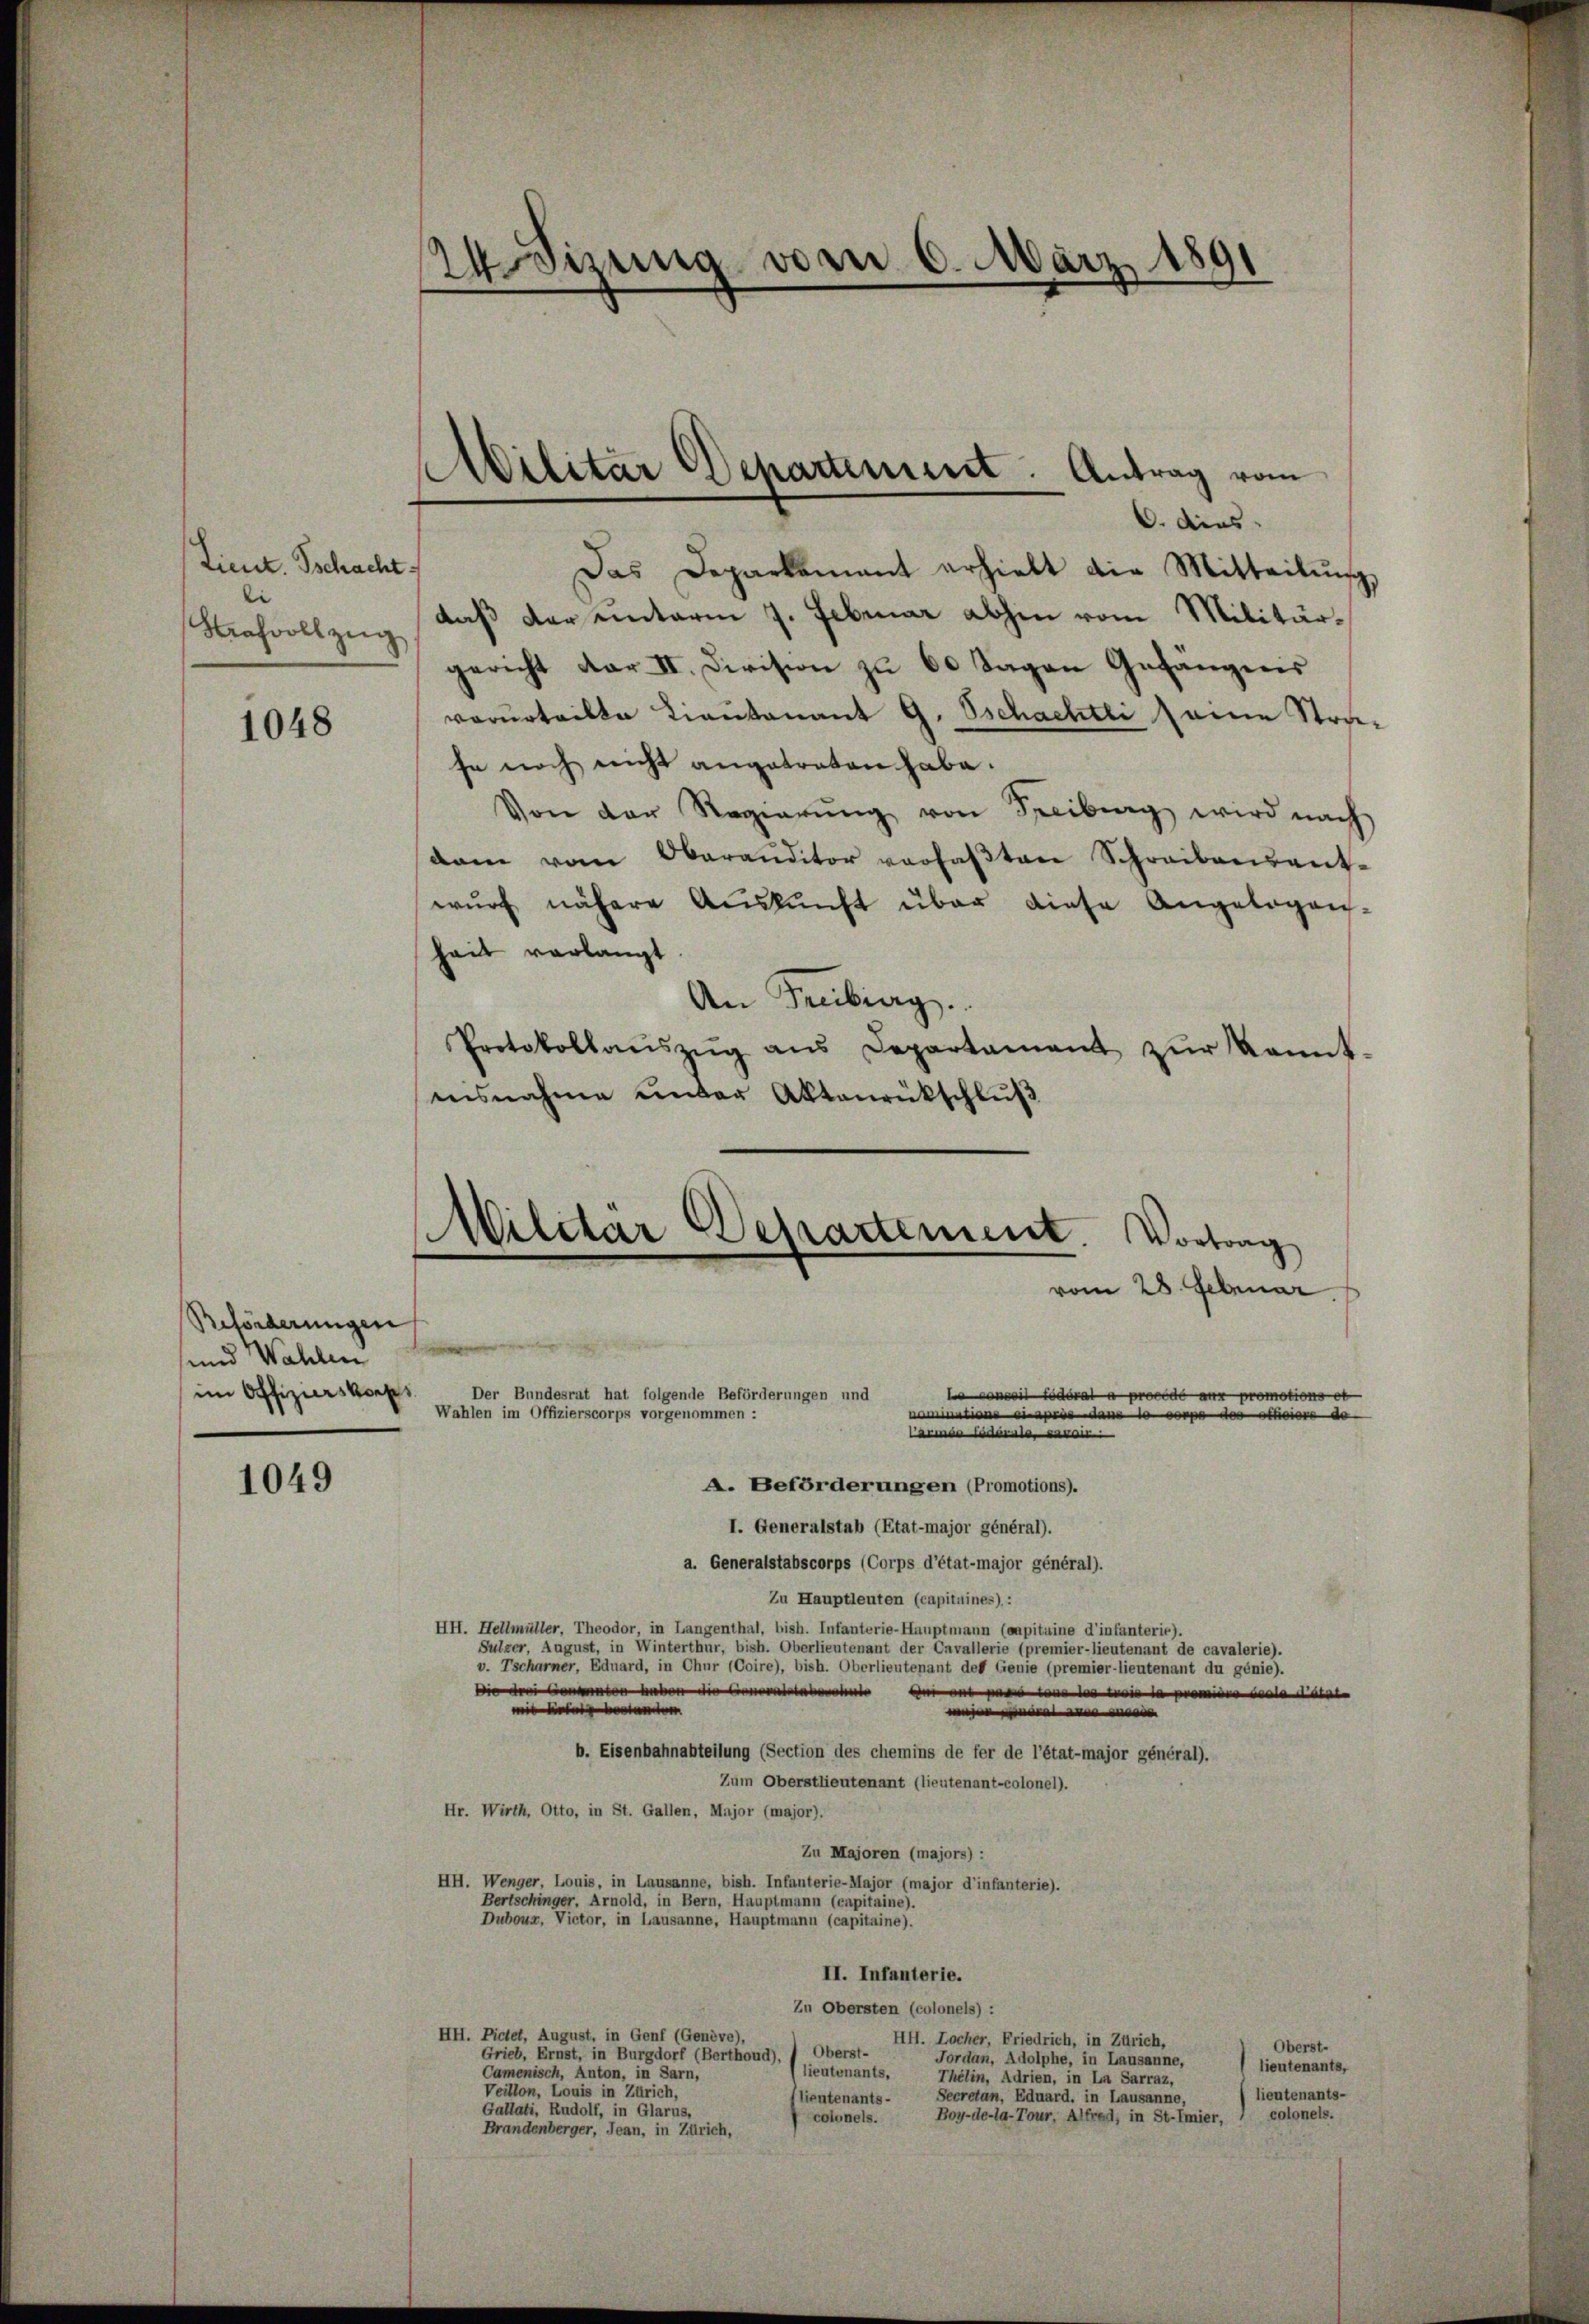
Lieut. Tschacht:
i
Strafvoll zeig

1048

Beförderungen
und Wahlen
im Offizierskorps

1049

Wonung vom 6. März 1891
e

Militär Departement: Antrag vom

C. dies
Das Deparkament erhielt die Mitteilŭng
daß der unterm 7. Februar abhin vom Militär-
gericht dar II. Division zu 60 Tagen Gefängnis
verurteilte Lieutenant G. Tschachtli seine Strafe noch nicht angetreten habe.
Von der Regierŭng von Freiburg wird nach
dam vom Oberanditor vorfaβten Schreibensant-
wŭrf nähere Aŭskŭnft über diese Angelegen-
heit verlangt
An Freiberg.
Protokollaŭszŭg ans Departament zŭr kannt-
nisnahme unter Aktenrückschluß
Militar Departement Vortrag
vom 28. Februar
Der Bundesrat hat folgende Beförderungen und
ni oder proc
otions et
Wahlen im Offizierscorps vorgenommen :

ottoire de

A. Beförderungen (Promotions).
I. Generalstab (Etat-major général).
a. Generalstabscorps (Corps d’état-major général).
Zu Hauptleuten (capitaines):
HH. Hellmüller, Theodor, in Langenthal, bish. Infanterie-Hauptmann (capitaine d’infanterie).
Sulzer, August, in Winterthur, bish. Oberlieutenant der Cavallerie (premier-lieutenant de cavalerie).
v. Tscharner, Eduard, in Chur (Coire), bish. Oberlieutenant der Genie (premier-lieutenant du génie).
Die der Genannten haben
e
o
eis diese
e
b. Eisenbahnabteilung (Section des chemins de fer de l’état-major général).
Zum Oberstlieutenant (lieutenant-colonel).
Hr. Wirth, Otto, in St. Gallen, Major (major).
Zu Majoren (majors):
HH. Wenger, Louis, in Lausanne, bish. Infanterie-Major (major d’infanterie).
Bertschinger. Arnold, in Bern, Hauptmann (capitaine).
Duboux, Victor, in Lausanne, Hauptmann (capitaine).
II. Infanterie.
Zu Obersten (colonels) :
HH. Pictet, August, in Genf (Genève),
HH. Locher, Friedrich, in Zürich,
Oberst-
Oberst-
Grieb, Ernst, in Burgdorf (Berthoud),
Jordan, Adolphe, in Lausanne,
lieutenants,
lieutenants,
Camenisch, Anton, in Sarn,
Thélin, Adrien, in In Sarraz,
Veillon, Louis in Zürich,
lieutenants-
Secretan, Eduard, in Lausanne,
lieutenants-
Gallati, Rudolf, in Glarus,
colonels.
Boy-de-la-Tour, Alfred, in St.Imier,
colonels.
Brandenberger, Jean, in Zürich,

armen und